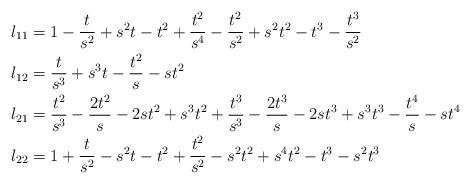
LaTeX: \begin{align*}l_{11}&=1-\frac{t}{s^2}+s^2 t-t^2+\frac{t^2}{s^4}-\frac{t^2}{s^2}+s^2 t^2-t^3-\frac{t^3}{s^2}\\l_{12}&=\frac{t}{s^3}+s^3 t-\frac{t^2}{s}-st^2\\l_{21}&=\frac{t^2}{s^3}-\frac{2t^2}{s}-2 st^2+s^3 t^{2}+\frac{t^3}{s^3}-\frac{2t^3}{s}-2 st^3+s^3 t^3-\frac{t^4}{s}-st^4\\l_{22}&=1+\frac{t}{s^2}-s^{2}t-t^2+\frac{t^2}{s^2}-s^2 t^2+s^4t^2-t^3-s^2 t^3\end{align*}